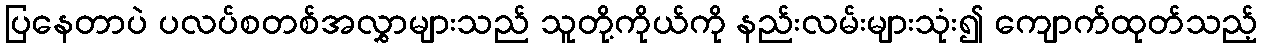
ပြနေတာပဲ ပလပ်စတစ်အလွှာများသည် သူတို့ကိုယ်ကို နည်းလမ်းများသုံး၍ ကျောက်ထုတ်သည့်